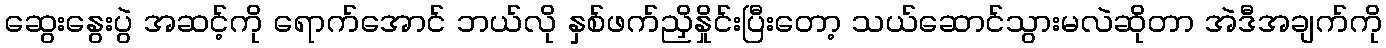
ဆွေးနွေးပွဲ အဆင့်ကို ရောက်အောင် ဘယ်လို နှစ်ဖက်ညှိနှိုင်းပြီးတော့ သယ်ဆောင်သွားမလဲဆိုတာ အဲဒီအချက်ကို